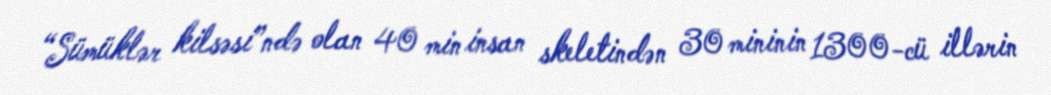
“Sümüklər kilsəsi”ndə olan 40 min insan skeletindən 30 mininin 1300-cü illərin